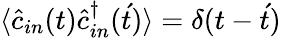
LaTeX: \langle\hat{c}_{in}(t)\hat{c}_{in}^{\dagger}(\acute{t})\rangle=\delta(t-\acute{t})